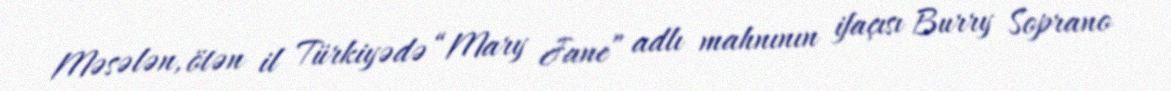
Məsələn, ötən il Türkiyədə “Mary Jane” adlı mahnının ifaçısı Burry Soprano